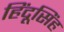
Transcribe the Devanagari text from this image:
हिंदूसिंह